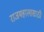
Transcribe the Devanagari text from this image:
राजमहालासाठी